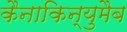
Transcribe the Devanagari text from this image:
कैनाकिन्युमैब